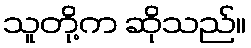
သူတို့က ဆိုသည်။